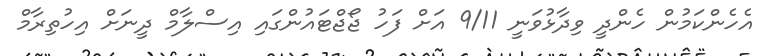
އެހެންކަމުން ހެންދީ ވިދާޅުވަނީ 9/11 އަށް ފަހު ޖޯޖްޓައުންގައި އިސްލާމް ދީނަށް އިހުތިރާމް